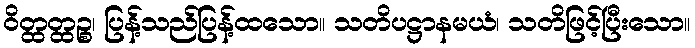
ဝိတ္ထတ္ထဉ္စ၊ ပြန့်သည်ပြန့်ထသော။ သတိပဋ္ဌာနမယံ၊ သတိဖြင့်ပြီးသော။